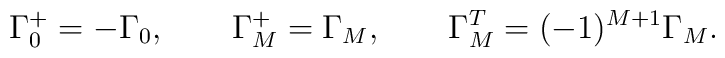
\Gamma_0^+ = -\Gamma_0, \qquad \Gamma_M^+ = \Gamma_M, \qquad\Gamma_M^T = (-1)^{M+1} \Gamma_M.